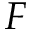
{ \cal F }